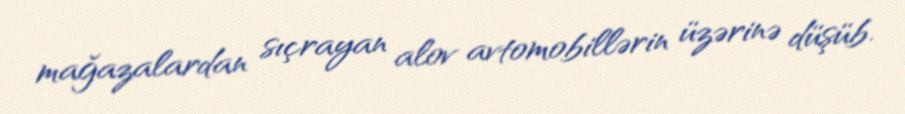
mağazalardan sıçrayan alov avtomobillərin üzərinə düşüb.